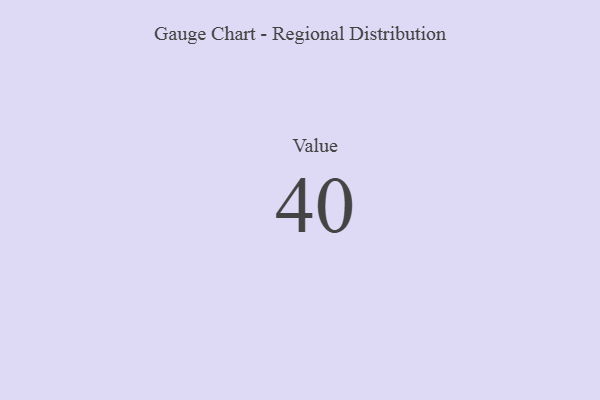
{"axis": {"x": "Metric", "y": "Value"}, "legend": [""], "data": [{"x": "Value", "y": 40, "type": ""}]}